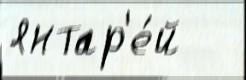
янтар'е́й